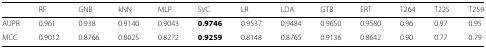
<table><thead><tr><td></td><td><b>RF</b></td><td><b>GNB</b></td><td><b>kNN</b></td><td><b>MLP</b></td><td><b>SVC</b></td><td><b>LR</b></td><td><b>LDA</b></td><td><b>GTB</b></td><td><b>ERT</b></td><td><b>T264</b></td><td><b>T225</b></td><td><b>T259</b></td></tr></thead><tbody><tr><td>AUPR</td><td>0.961</td><td>0.938</td><td>0.9140</td><td>0.9043</td><td><b>0.9746</b></td><td>0.9537</td><td>0.9484</td><td>0.9650</td><td>0.9580</td><td>0.96</td><td>0.97</td><td>0.95</td></tr><tr><td>MCC</td><td>0.9012</td><td>0.8766</td><td>0.8025</td><td>0.8272</td><td><b>0.9259</b></td><td>0.8148</td><td>0.8765</td><td>0.9136</td><td>0.8642</td><td>0.90</td><td>0.77</td><td>0.79</td></tr></tbody></table>